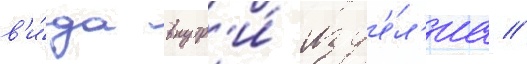
в'и́да внутр'и́ изд'е́л'иа //